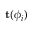
\mathbf { t } ( \phi _ { i } )